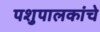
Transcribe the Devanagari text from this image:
पशुपालकांचे